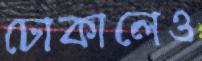
ঢোকালেও